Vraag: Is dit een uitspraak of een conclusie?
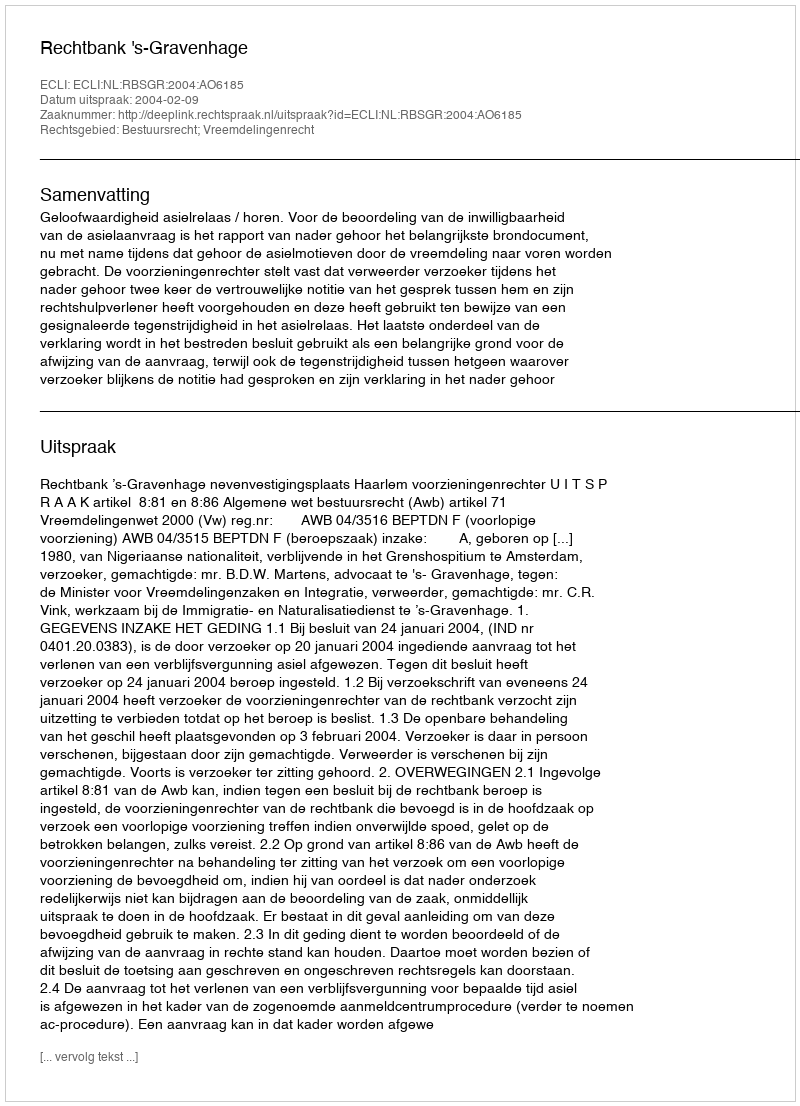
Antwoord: Uitspraak